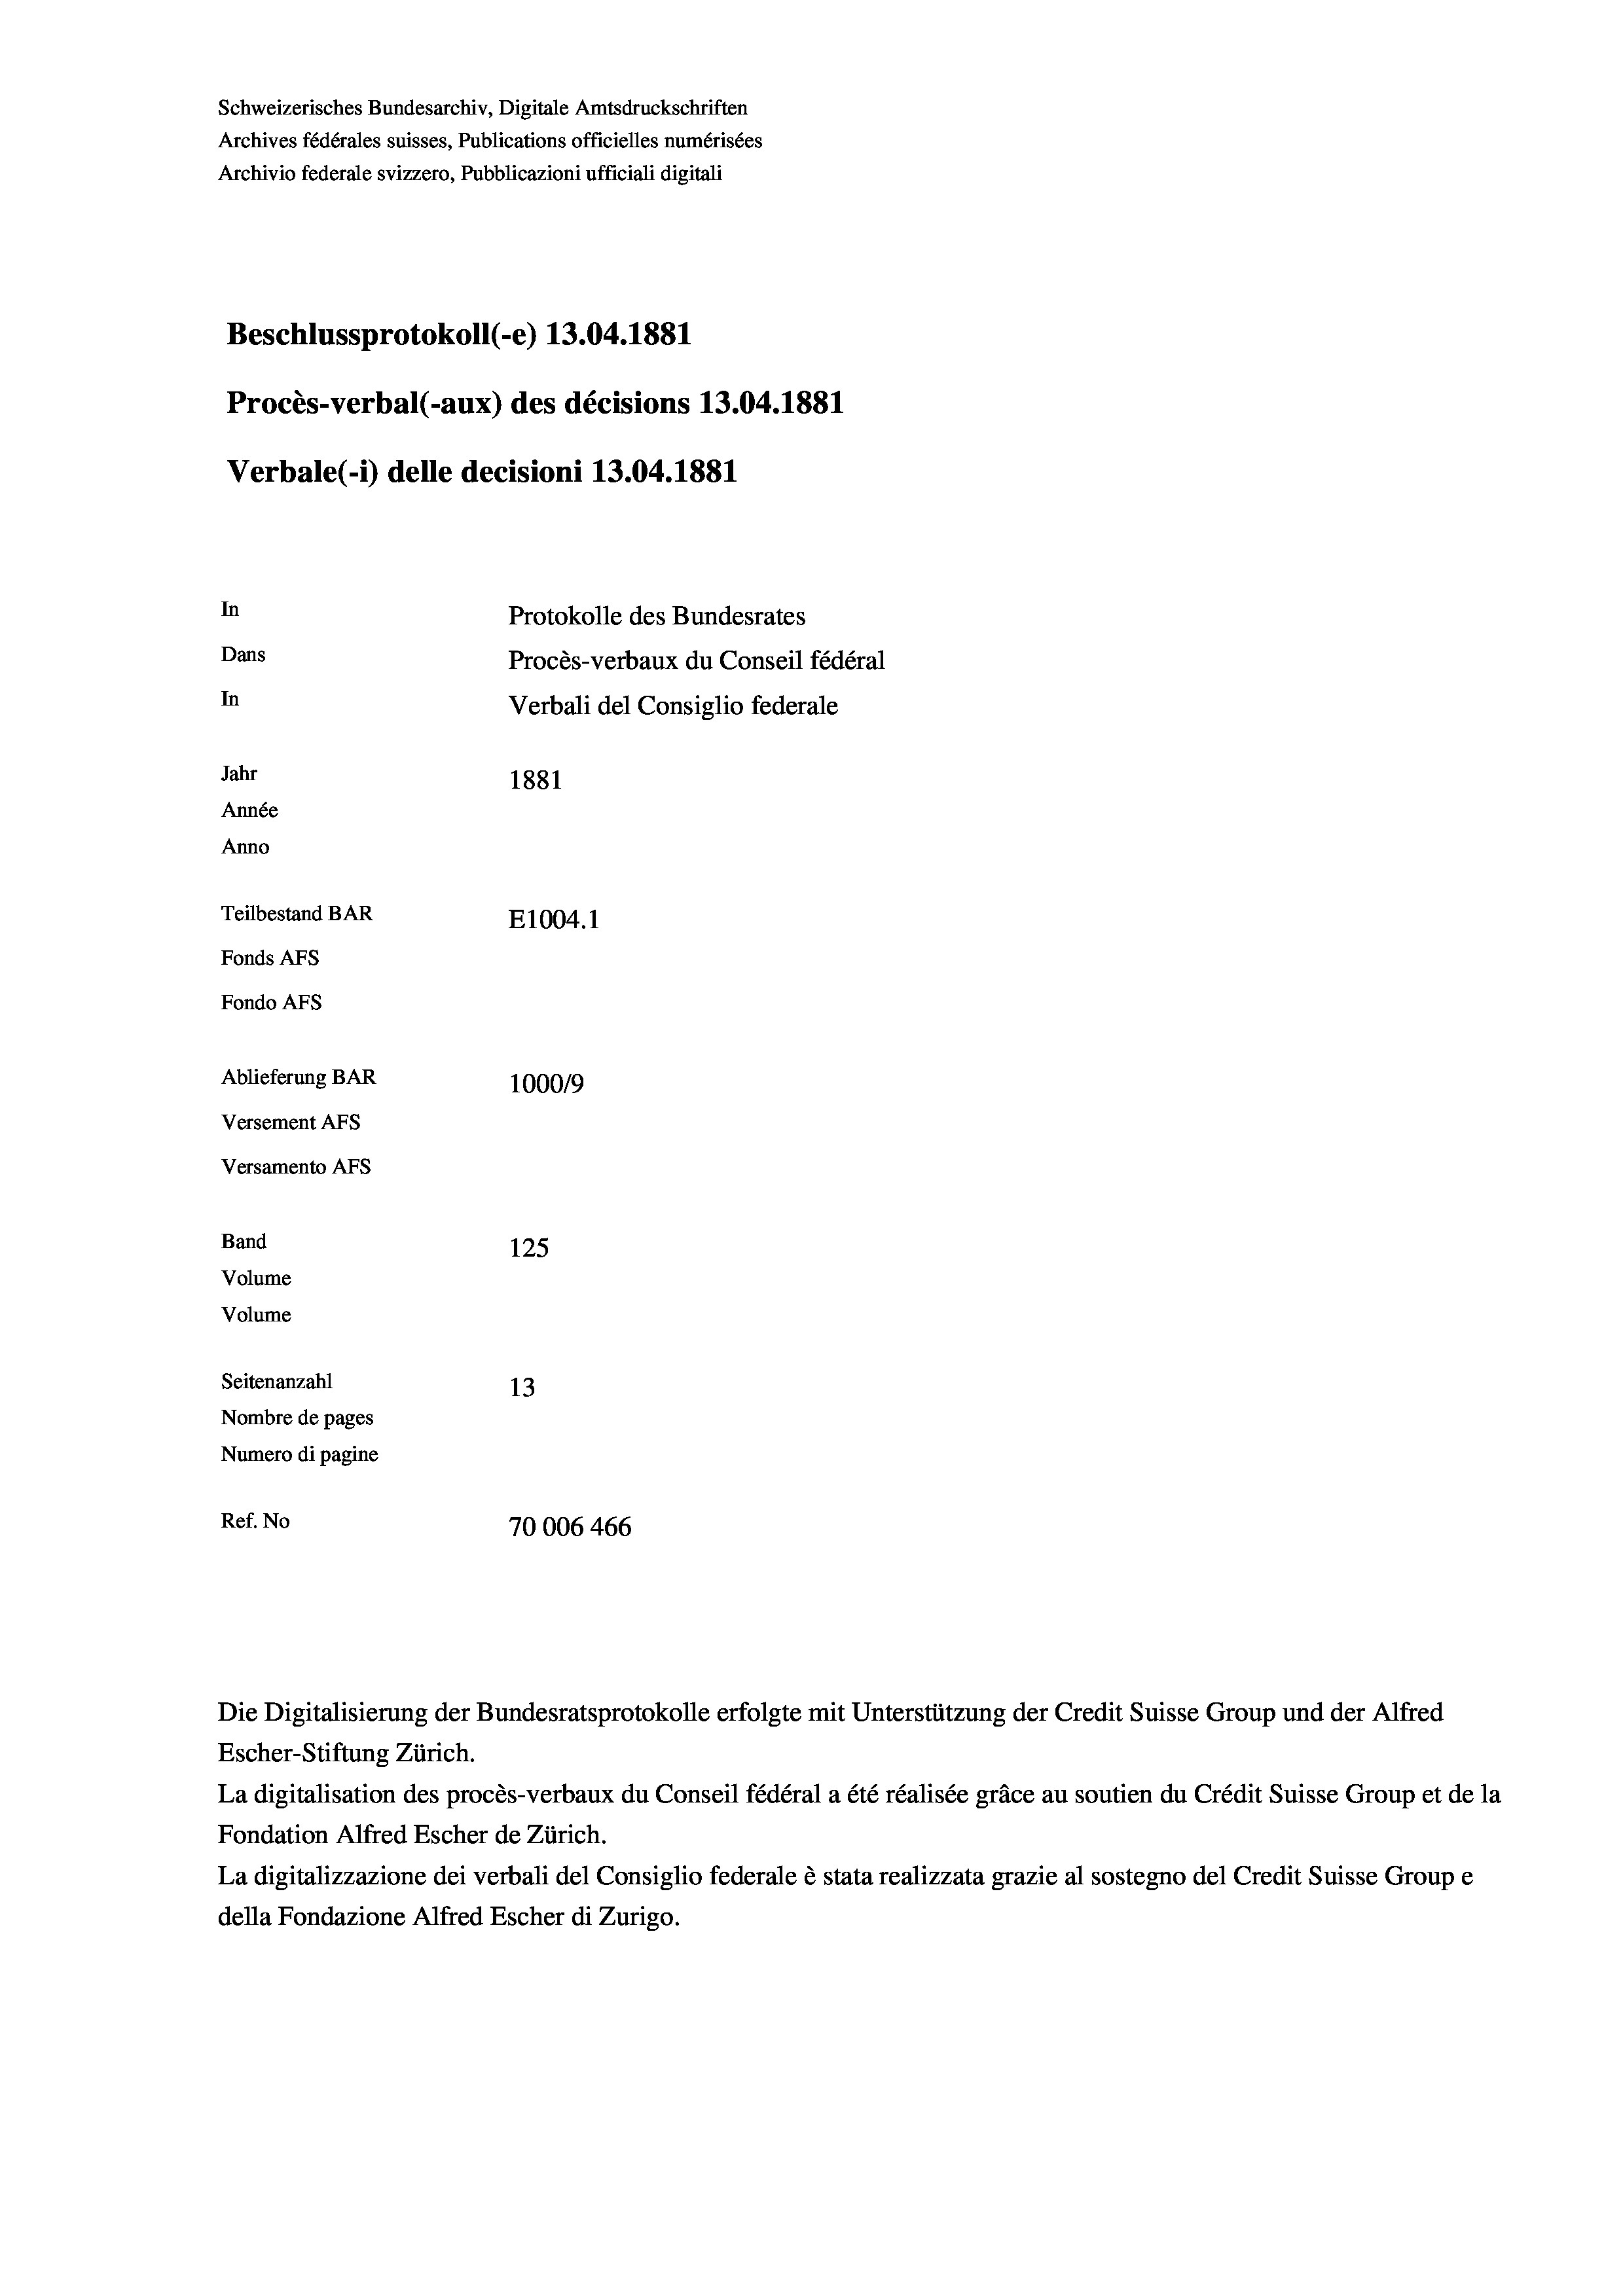
Schweizerisches Bundesarchiv, Digitale Amtsdruckschriften
Archives fédérales suisses, Publications officielles numérisées
Archivio federale svizzero, Pubblicazioni ufficiali digitali
Beschlussprotokoll (-e) 13.04. 1881
Procès-verbal (-aux) des décisions 13.04. 1881
Verbale (1) delle decisioni 13.04. 1881

Versamento AFs

In
Dans
In
Jahr
1881
Année
Anno
Teilbestand BAR
E1004.1
Fonds Afs
Fondo AFs
Ablieferung BAR
1000/9
Versement Abs

Band
Volume
Volume

125
Seitenanzahl
13
Nombre de pages
Numero di pagine
Ref. No
70006 466

Protokolle des Bundesrates
Procès-verbaux du Conseil fédéral
Verbali del Consiglio federale

Die Digitalisierung der Bundesratsprotokolle erfolgte mit Unterstützung der Credit Suisse Group und der Alfred
Escher-Stiftung Zürich.
La digitalisation des procès-verbaux du Conseil fédéral a été réalisée gräce au soutien du Crédit Suisse Group et de la
Fondation Alfred Escher de Zürich.
La digitalizzazione dei verbali del Consiglio federale è stata realizzata grazie al sostegno del Credit Suisse Groupe
della Fondazione Alfred Escher di Zurigo.